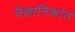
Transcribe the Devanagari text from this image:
वैज्ञानिकांत